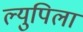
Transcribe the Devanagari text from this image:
ल्युपिला